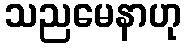
သညမေနာဟု